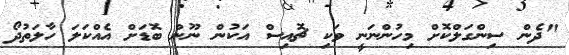
"ދެން ސިންގަލްކޮށް މިހުންނަނީ ވަކި ޗޮއިސް އަކުން ނޫން ބޮޑަށް އެއްކަލަ ހާލަތުދޯ